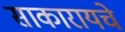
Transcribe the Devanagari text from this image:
साकारायचे